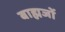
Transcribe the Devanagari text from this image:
बाह्मजों